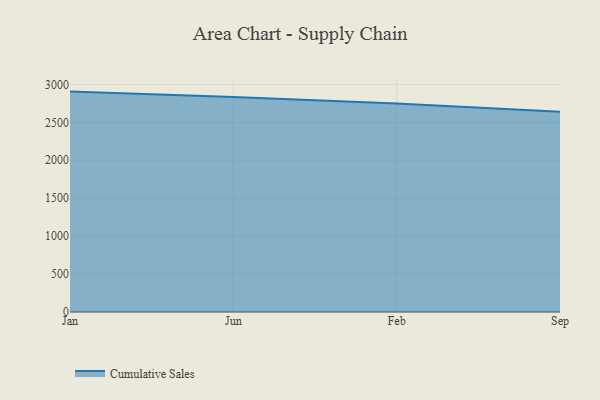
{"axis": {"x": "Month", "y": "Backlog"}, "legend": ["Cumulative Sales"], "data": [{"x": "Jan", "y": 2905.3, "type": "Cumulative Sales"}, {"x": "Jun", "y": 2833.0, "type": "Cumulative Sales"}, {"x": "Feb", "y": 2746.9, "type": "Cumulative Sales"}, {"x": "Sep", "y": 2639.2, "type": "Cumulative Sales"}]}